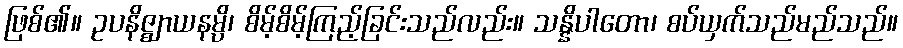
ဖြစ်၏။ ဥပနိဇ္ဈာယနမ္ပိ၊ စိမ့်စိမ့်ကြည့်ခြင်းသည်လည်း။ သန္နိပါတော၊ စပ်ယှက်သည်မည်သည်။